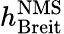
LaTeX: h_{\mathrm{Breit}}^{\mathrm{NMS}}